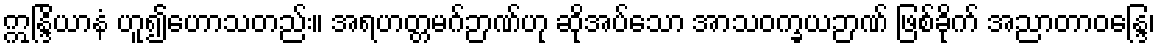
ဣန္ဒြိယာနံ ဟူ၍ဟောသတည်း။ အရဟတ္တမဂ်ဉာဏ်ဟု ဆိုအပ်သော အာသဝက္ခယဉာဏ် ဖြစ်ခိုက် အညာတာဝန္ဒြေ၊